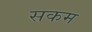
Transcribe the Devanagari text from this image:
सकम